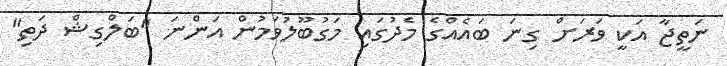
ނަތީޖާ އަކީ ވަރަށް ގިނަ ބައެއްގެ މެދުގައި މަގުބޫލުވަމުން އަންނަ "ބަލްގިޝް ދަތި"